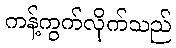
ကန့်ကွက်လိုက်သည်